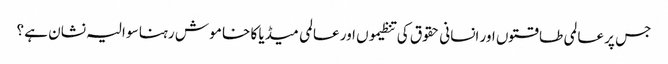
جس پر عالمی طا قتوں اور انسانی حقوق کی تنظیموں اور عالمی میڈیا کا خا مو ش رہنا سو الیہ نشان ہے ؟